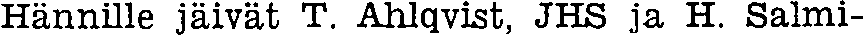
Hännille jäivät T. Ahlqvist, JHS ja H. Salmi-